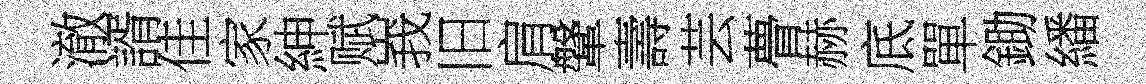
澈諝佳家紳赋峩旧肩鞶壽芸瞢赫底單鋤繙